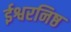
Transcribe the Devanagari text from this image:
ईश्वरनिष्ठ